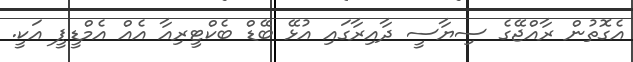
އެގޮތުން ރާއްޖޭގެ ސިޔާސީ ދާއިރާގަައި އުޅޭ ބޭޑް ބެކްޓީރިއާ އެއް އެމްޑީޕީ އަކީ.